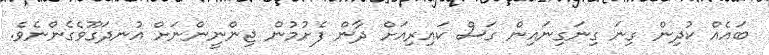
ބައެއް ކުދިން ގިނަ ގިނަގިނައިން ގަސް ކައިރިއަށް ދާން ފެށުމުން ޖިންނީންނަށް އުނދަގޫވެގެންނެވެ.